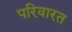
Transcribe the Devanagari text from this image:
परिवारत